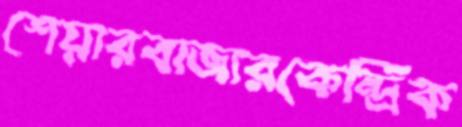
শেয়ারবাজারকেন্দ্রিক